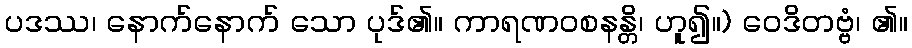
ပဒဿ၊ နောက်နောက် သော ပုဒ်၏။ ကာရဏဝစနန္တိ၊ ဟူ၍။) ဝေဒိတဗ္ဗံ၊ ၏။